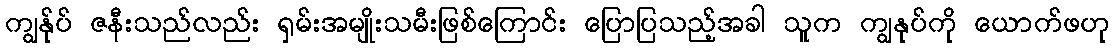
ကျွန်ုပ် ဇနီးသည်လည်း ရှမ်းအမျိုးသမီးဖြစ်ကြောင်း ပြောပြသည့်အခါ သူက ကျွနုပ်ကို ယောက်ဖဟု